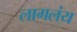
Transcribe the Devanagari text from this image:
लागलंय